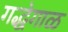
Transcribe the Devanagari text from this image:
गद्धेगाळ